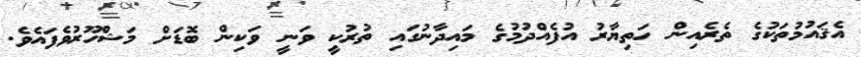
އެޤައުމުތަކުގެ ތެރެއިން ހަތިޔާރު އުފެއްދުމުގެ މައިދާނުގައި ތުރުކީ ވަނީ ވަކިން ބޮޑަށް މަޝްހޫރުވެފައެވެ.